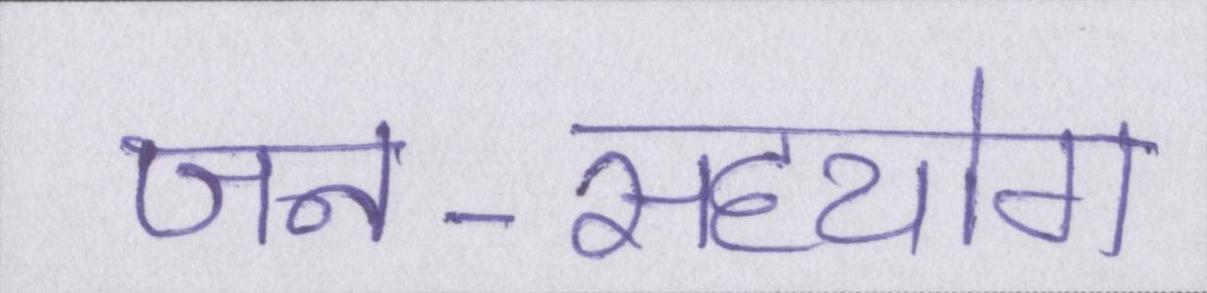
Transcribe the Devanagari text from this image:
जन-सहयोग